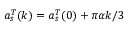
a _ { s } ^ { T } ( k ) = a _ { s } ^ { T } ( 0 ) + \pi \alpha k / 3